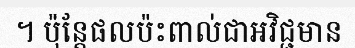
។ ប៉ុន្តែផលប៉ះពាល់ជាអវិជ្ជមាន